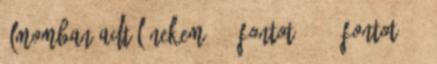
Álmomban adtál nekem 100 fontot - 100 fontot ? -